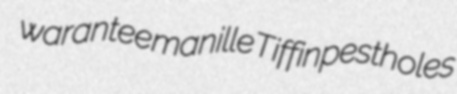
warantee manille Tiffin pestholes